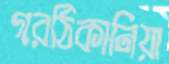
গরঠিকানিয়া